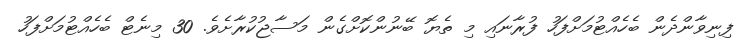
ފިނިވާންދެން ބެހެއްޓުމަށްފަހު ފުރާނައި މި ތެޔޮ ބޭނުންކޮށްގެން މަސާޖުކުރާށެވެ. 30 މިނެޓް ބެހެއްޓުމަށްފަހު